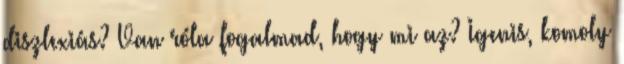
diszlexiás? Van róla fogalmad, hogy mi az? Igenis, komoly